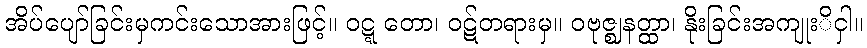
အိပ်ပျော်ခြင်းမှကင်းသောအားဖြင့်။ ဝဋ္ဋ တော၊ ဝဋ်တရားမှ။ ဝဗုဇ္ဈနတ္ထာ၊ နိုးခြင်းအကျုးိငှါ။